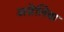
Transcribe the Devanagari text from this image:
अज़ेलिया